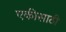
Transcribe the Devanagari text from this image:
एकीसाठी